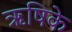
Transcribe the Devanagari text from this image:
ऋषिके